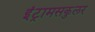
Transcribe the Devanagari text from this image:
इंट्रामसकुलर